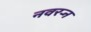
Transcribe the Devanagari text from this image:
नवरर्‍न